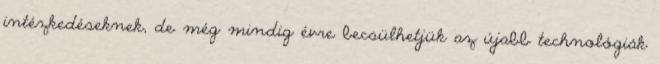
intézkedéseknek, de még mindig évre becsülhetjük az újabb technológiák